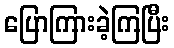
ပြောကြားခဲ့ကြပြီး